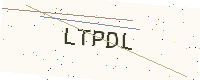
Text: LTPDL